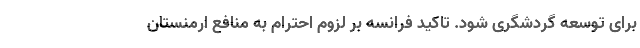
برای توسعه گردشگری شود. تاکید فرانسه بر لزوم احترام به منافع ارمنستان